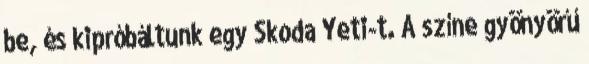
be, és kipróbáltunk egy Skoda Yeti-t. A színe gyönyörű